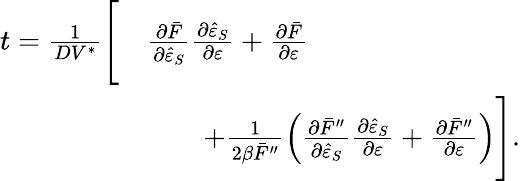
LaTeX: \begin{array}{rl}{t=\frac{1}{DV^{\ast}}\Bigg[}&{\frac{\partial\bar{F}}{\partial\hat{\varepsilon}_{S}}\frac{\partial\hat{\varepsilon}_{S}}{\partial\varepsilon}+\frac{\partial\bar{F}}{\partial\varepsilon}}\\ &{\qquad+\frac{1}{2\beta\bar{F}^{\prime\prime}}\left(\frac{\partial\bar{F}^{\prime\prime}}{\partial\hat{\varepsilon}_{S}}\frac{\partial\hat{\varepsilon}_{S}}{\partial\varepsilon}+\frac{\partial\bar{F}^{\prime\prime}}{\partial\varepsilon}\right)\Bigg].}\end{array}